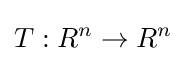
T:R^{n}\to R^{n}